Civil Veterinary Dept. North-West Frontier Province 1901-22 - 1901-1922
Year: 1901
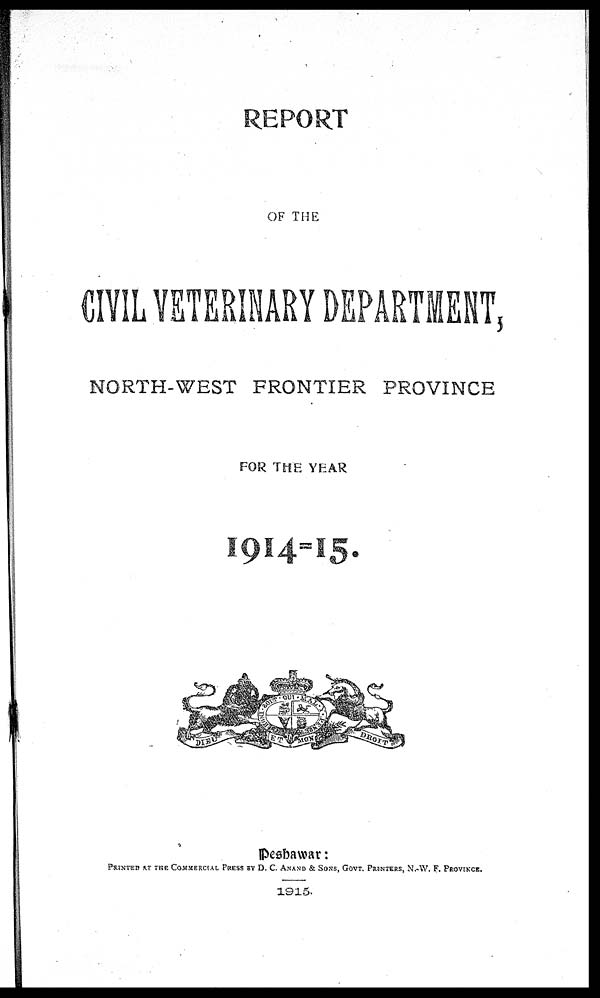
REPORT
OF THE
CIVIL VETERINARY DEPARTMENT,
NORTH-WEST FRONTIER PROVINCE
FOR THE YEAR
1914-15.
Peshawar:
PRINTED AT THE COMMERCIAL PRESS BY D. C. ANAND & SONS GOVT. PAINTERS, N.W. F. PROVINCE.
1915.